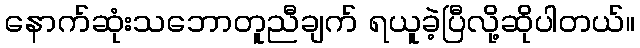
နောက်ဆုံးသဘောတူညီချက် ရယူခဲ့ပြီလို့ဆိုပါတယ်။